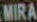
MIRA